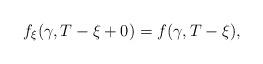
LaTeX: \begin{align*}f_\xi (\gamma ,T-\xi +0)=f(\gamma ,T-\xi ),\end{align*}